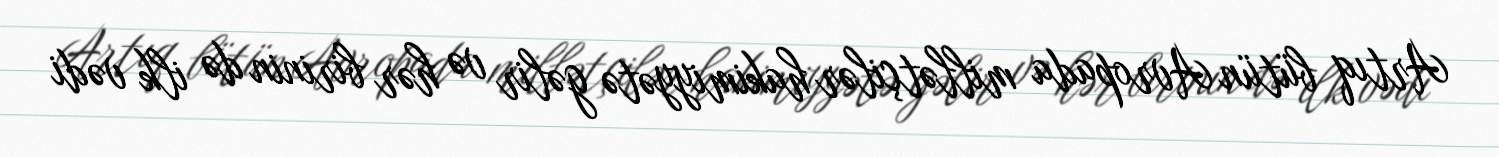
Artıq bütün Avropada millətçilər hakimiyyətə gəlir və hər birinin də ilk vədi